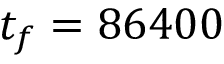
t _ { f } = 8 6 4 0 0